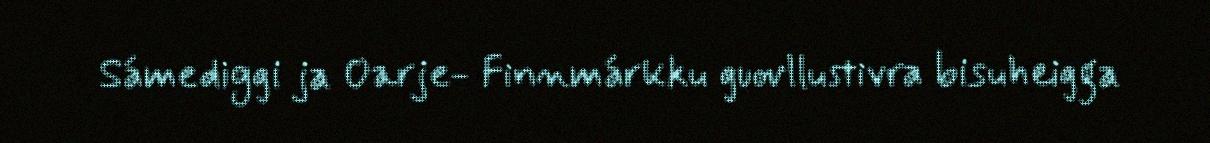
Sámediggi ja Oarje- Finnmárkku guovllustivra bisuheigga